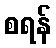
စရန်